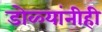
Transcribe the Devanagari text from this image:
डोळ्यांनीही